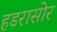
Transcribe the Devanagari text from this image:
हडरासोर